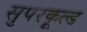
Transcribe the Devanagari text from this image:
सुपरकूल्ड